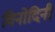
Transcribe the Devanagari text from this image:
विनोदिनी